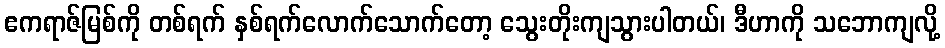
ဧကရာဇ်မြစ်ကို တစ်ရက် နှစ်ရက်လောက်သောက်တော့ သွေးတိုးကျသွားပါတယ်၊ ဒီဟာကို သဘောကျလို့